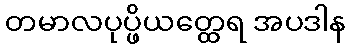
တမာလပုပ္ဖိယတ္ထေရ အပဒါန